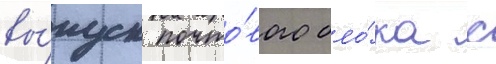
вы́пуск почто́вого бло́ка с